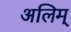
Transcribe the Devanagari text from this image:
अलिम्